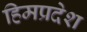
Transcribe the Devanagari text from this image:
हिमप्रदेश